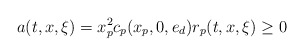
\begin{align*}a(t, x, \xi)=x_p^2c_p(x_p, 0, e_d)r_p(t, x, \xi)\geq 0\end{align*}